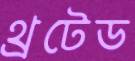
থ্রটেড